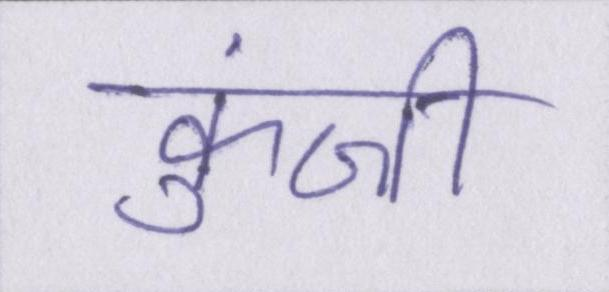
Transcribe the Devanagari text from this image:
कुंजी